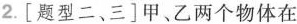
2.[题型二、三]甲、乙两个物体在